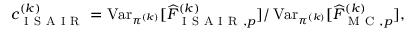
\begin{array} { r } { c _ { \mathrm { ~ I ~ S ~ A ~ I ~ R ~ } } ^ { ( k ) } = \operatorname { V a r } _ { \pi ^ { ( k ) } } [ \widehat { F } _ { \mathrm { ~ I ~ S ~ A ~ I ~ R ~ } , p } ^ { ( k ) } ] / \operatorname { V a r } _ { \pi ^ { ( k ) } } [ \widehat { F } _ { \mathrm { ~ M ~ C ~ } , p } ^ { ( k ) } ] , } \end{array}